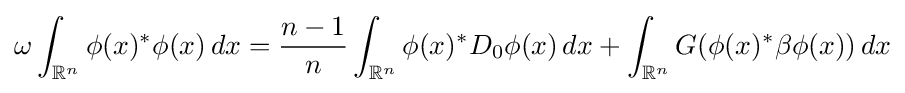
\omega \int _{\mathbb {R} ^{n}}\phi (x)^{\ast }\phi (x)\,dx={\frac {n-1}{n}}\int _{\mathbb {R} ^{n}}\phi (x)^{\ast }D_{0}\phi (x)\,dx+\int _{\mathbb {R} ^{n}}G(\phi (x)^{\ast }\beta \phi (x))\,dx